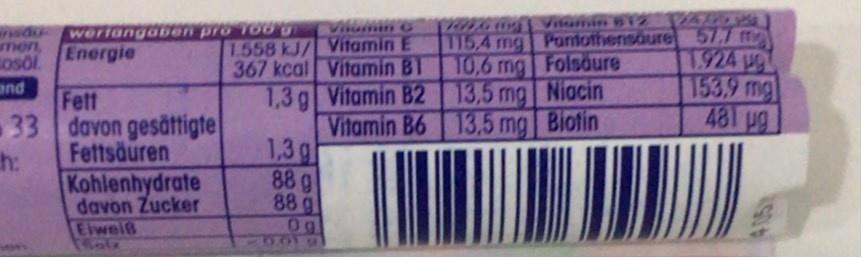
Vilumino
Vilamin b12
werlangaben pro To0 Energie
115,4 mg Pantothensoure 577 m 1.924 ug 153.9 mg 481 ug
1.558 kJ/ Vitamin E 367 kcal Vitamin BI
men Losol and Fett 33 davon gesättigte Fettsäuren
10,6 mg Folsaure
h: Kohlenhydrate davon Zucker Eiweiß
1,3g Vitamin B2 13,5 mg Niacin Vitamin B6 13,5 mg Biotin 1,3g 88 g 88 g 0g